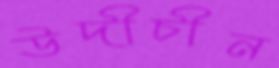
উদীচীন